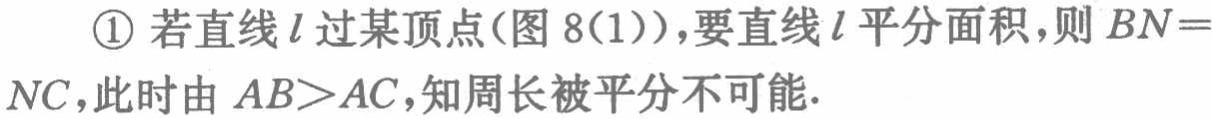
\textcircled{1} 若直线\(l\)过某顶点(图 8(1))，要直线\(l\)平分面积，则 \(BN = NC\)，此时由 \(AB>AC\)，知周长被平分不可能.